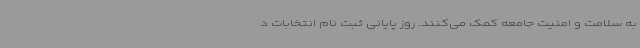
به سلامت و امنیت جامعه کمک می‌کنند. روز پایانی ثبت نام انتخابات د